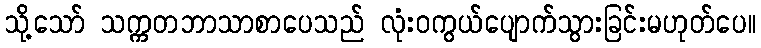
သို့သော် သက္ကတဘာသာစာပေသည် လုံးဝကွယ်ပျောက်သွားခြင်းမဟုတ်ပေ။